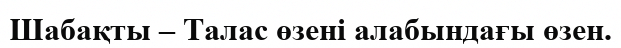
Шабақты – Талас өзені алабындағы өзен.